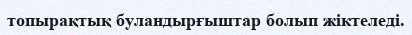
топырақтық буландырғыштар болып жіктеледі.